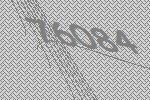
76084